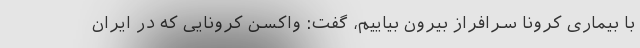
با بیماری کرونا سرافراز بیرون بیاییم، گفت: واکسن کرونایی که در ایران